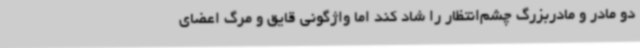
دو مادر و مادربزرگ چشم‌انتظار را شاد کند اما واژگونی قایق و مرگ اعضای